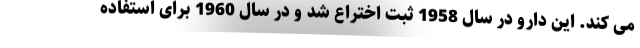
می کند. این دارو در سال 1958 ثبت اختراع شد و در سال 1960 برای استفاده